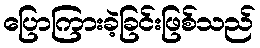
ပြောကြားခဲ့ခြင်းဖြစ်သည်